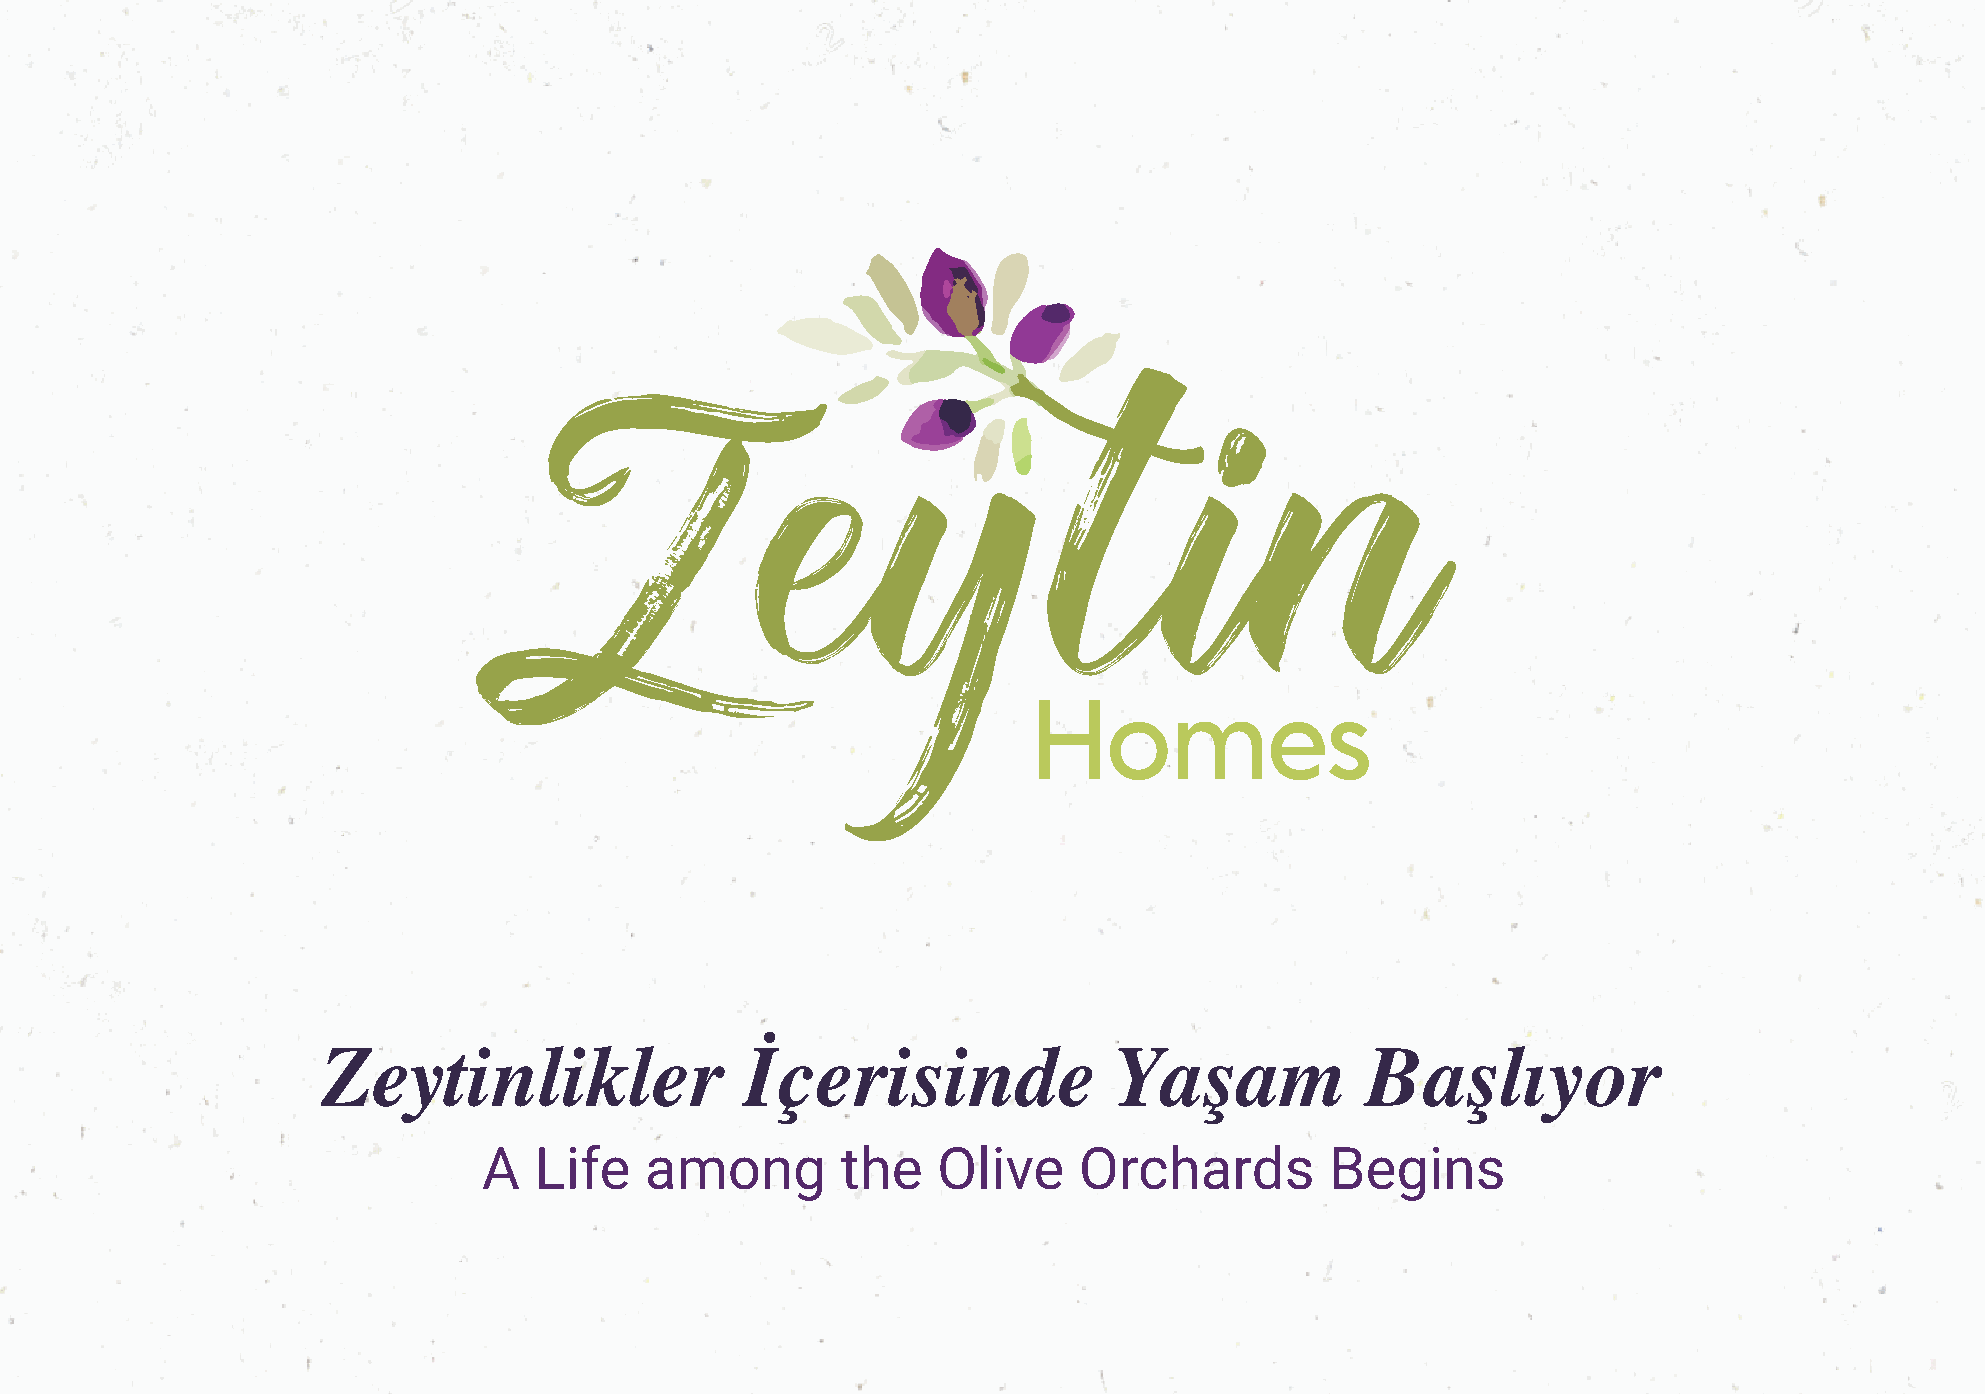
Zeytinlikler                İçerisinde               Yaşam           Başlıyor
 A  Life    among        the   Olive    Orchards         Begins